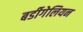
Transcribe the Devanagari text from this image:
बर्डीगेलियन